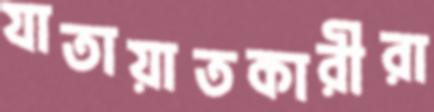
যাতায়াতকারীরা